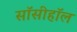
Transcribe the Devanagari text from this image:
सॉसीहॉल